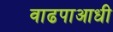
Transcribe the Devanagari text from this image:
वाढपाआधी